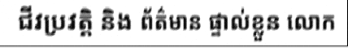
ជីវប្រវត្តិ និង ព័ត៌មាន ផ្ទាល់ខ្លួន លោក